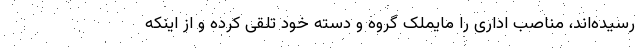
رسیده‌اند، مناصب اداری را مایملک گروه و دسته خود تلقی کرده و از اینکه